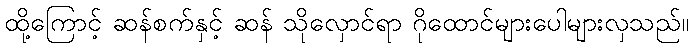
ထို့ကြောင့် ဆန်စက်နှင့် ဆန် သိုလှောင်ရာ ဂိုထောင်များပေါများလှသည်။